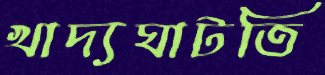
খাদ্যঘাটতি